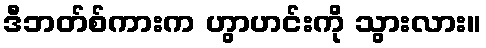
ဒီဘတ်စ်ကားက ဟွာဟင်းကို သွားလား။